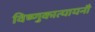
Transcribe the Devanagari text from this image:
विष्णुकात्यायनौ